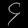
Digit: ၄